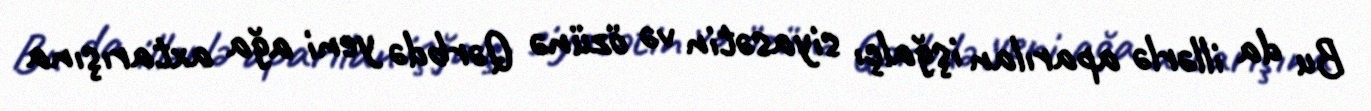
Bu da illərlə aparılan işğalçı siyasətin və özünə Qərbdə yeni ağa axtarışına